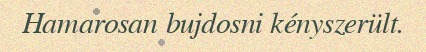
Hamarosan bujdosni kényszerült.